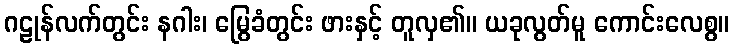
ဂဠုန်လက်တွင်း နဂါး၊ မြွေခံတွင်း ဖားနှင့် တူလှ၏။ ယခုလွတ်မူ ကောင်းလေစွ။